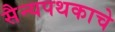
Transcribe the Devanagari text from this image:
सैन्यपथकाचे